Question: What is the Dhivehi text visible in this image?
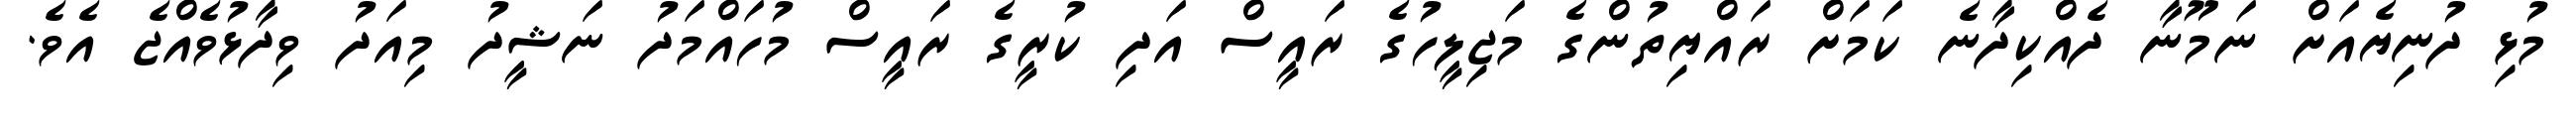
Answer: މުޅި ދުނިޔެއަށް ނަމޫނާ ދެއްކިދާނެ ކަމަށް ރައްޔިތުންގެ މަޖިލީހުގެ ރައީސް އަދި ކުރީގެ ރައީސް މުހައްމަދު ނަޝީދު މިއަދު ވިދާޅުވެއްޖެ އެވެ.